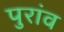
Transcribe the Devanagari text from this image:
पुरांव